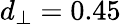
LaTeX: d_{\perp}=0.45